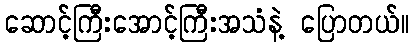
ဆောင့်ကြီးအောင့်ကြီးအသံနဲ့ ပြောတယ်။